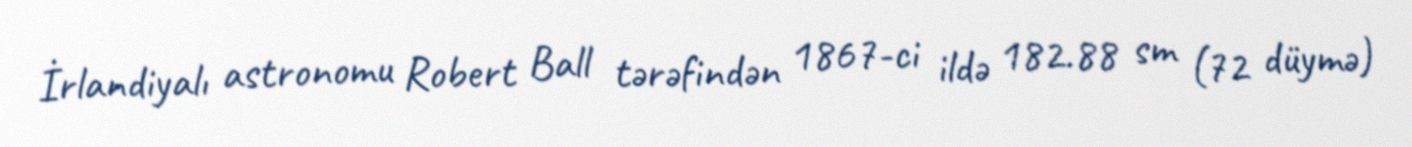
İrlandiyalı astronomu Robert Ball tərəfindən 1867-ci ildə 182.88 sm (72 düymə)